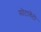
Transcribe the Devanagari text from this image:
सोटावेंटो